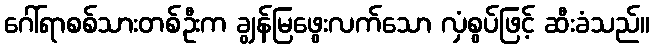
ဂေါ်ရာစစ်သားတစ်ဦးက ချွန်မြဖွေးလက်သော လှံစွပ်ဖြင့် ဆီးခံသည်။